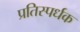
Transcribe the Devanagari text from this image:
प्रतिस्पर्धक